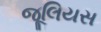
જૂલિયસ